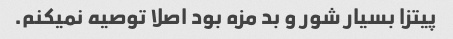
پیتزا بسیار شور و بد مزه بود اصلا توصیه نمیکنم.